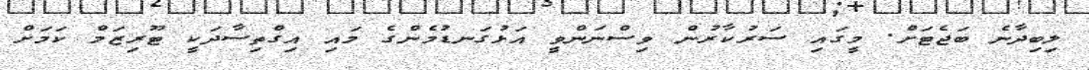
ލިބިދާނެ ބަޖެޓަށް. މީގައި ސަރުކާރުން ވިސްނަންވީ އަޅުގަނޑުމެންގެ މައި އިގްތިސާދަކީ ޓޫރިޒަމް ކަމަށް